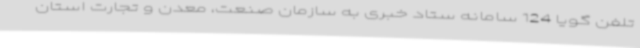
تلفن گویا 124 سامانه ستاد خبری به سازمان صنعت، معدن و تجارت استان